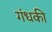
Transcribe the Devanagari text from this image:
गंधकी